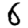
Digit: 6